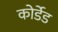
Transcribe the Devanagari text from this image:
कोर्डेड